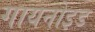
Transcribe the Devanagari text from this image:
गायनोइड